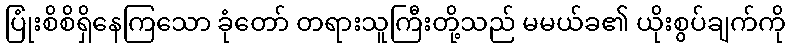
ပြုံးစိစိရှိနေကြသော ခုံတော် တရားသူကြီးတို့သည် မမယ်ခ၏ ယိုးစွပ်ချက်ကို